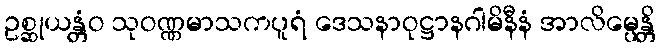
ဥစ္ဆုယန္တံဝ သုဝဏ္ဏမာသကပူရံ ဒေသနာဝုဋ္ဌာနဂါမိနီနံ အာလိမ္ပေန္တိ